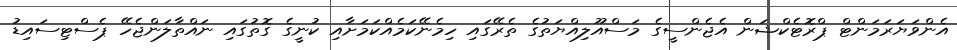
އެންވަޔަރަމަންޓް ޕްރޮޓެކްޝަން އެޖެންސީގެ މަސްއޫލިއްޔަތުގެ ތެރޭގައި ހިމެނޭކަމެއްކަމަށާއި ކުނީގެ ގޮތުގައި ނައްތާލަންޖެހޭ ޕެސްޓިސައިޑު